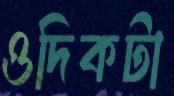
ওদিকটা